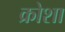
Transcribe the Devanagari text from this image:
क्रोशा